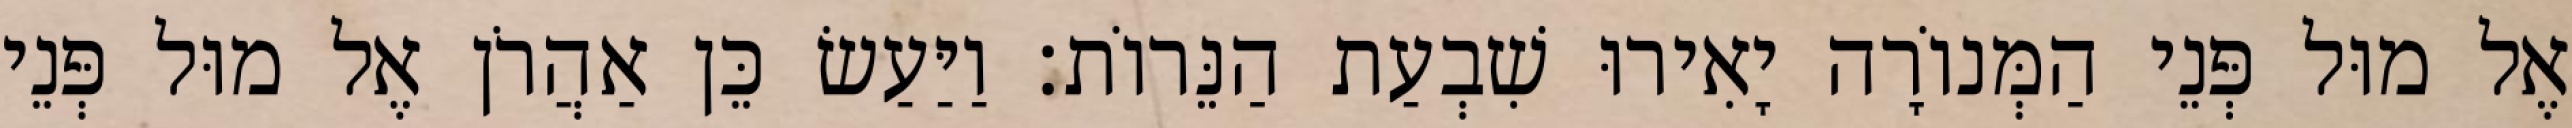
אֶל מוּל פְּנֵי הַמְּנוֹרָה יָאִירוּ שִׁבְעַת הַנֵּרוֹת׃ וַיַּעַשׂ כֵּן אַהֲרֹן אֶל מוּל פְּנֵי